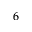
6